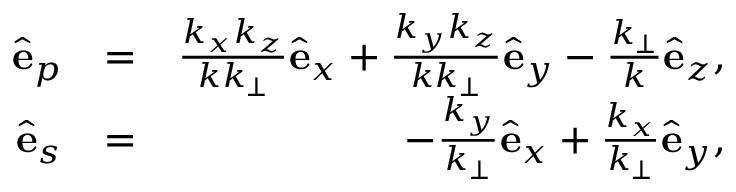
\begin{array} { r l r } { \hat { \bf e } _ { p } } & { = } & { \frac { k _ { x } k _ { z } } { k k _ { \perp } } \hat { \bf e } _ { x } + \frac { k _ { y } k _ { z } } { k k _ { \perp } } \hat { \bf e } _ { y } - \frac { k _ { \perp } } { k } \hat { \bf e } _ { z } , } \\ { \hat { \bf e } _ { s } } & { = } & { - \frac { k _ { y } } { k _ { \perp } } \hat { \bf e } _ { x } + \frac { k _ { x } } { k _ { \perp } } \hat { \bf e } _ { y } , } \end{array}